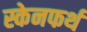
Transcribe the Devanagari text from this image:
स्केनफर्थ